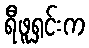
ရီဖူရှင်းက